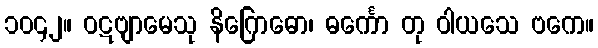
၁၀၄၂။ ဝဋဗျာမေသု နိဂြောဓော၊ ဓင်္ကော တု ဝါယသေ ဗကေ။